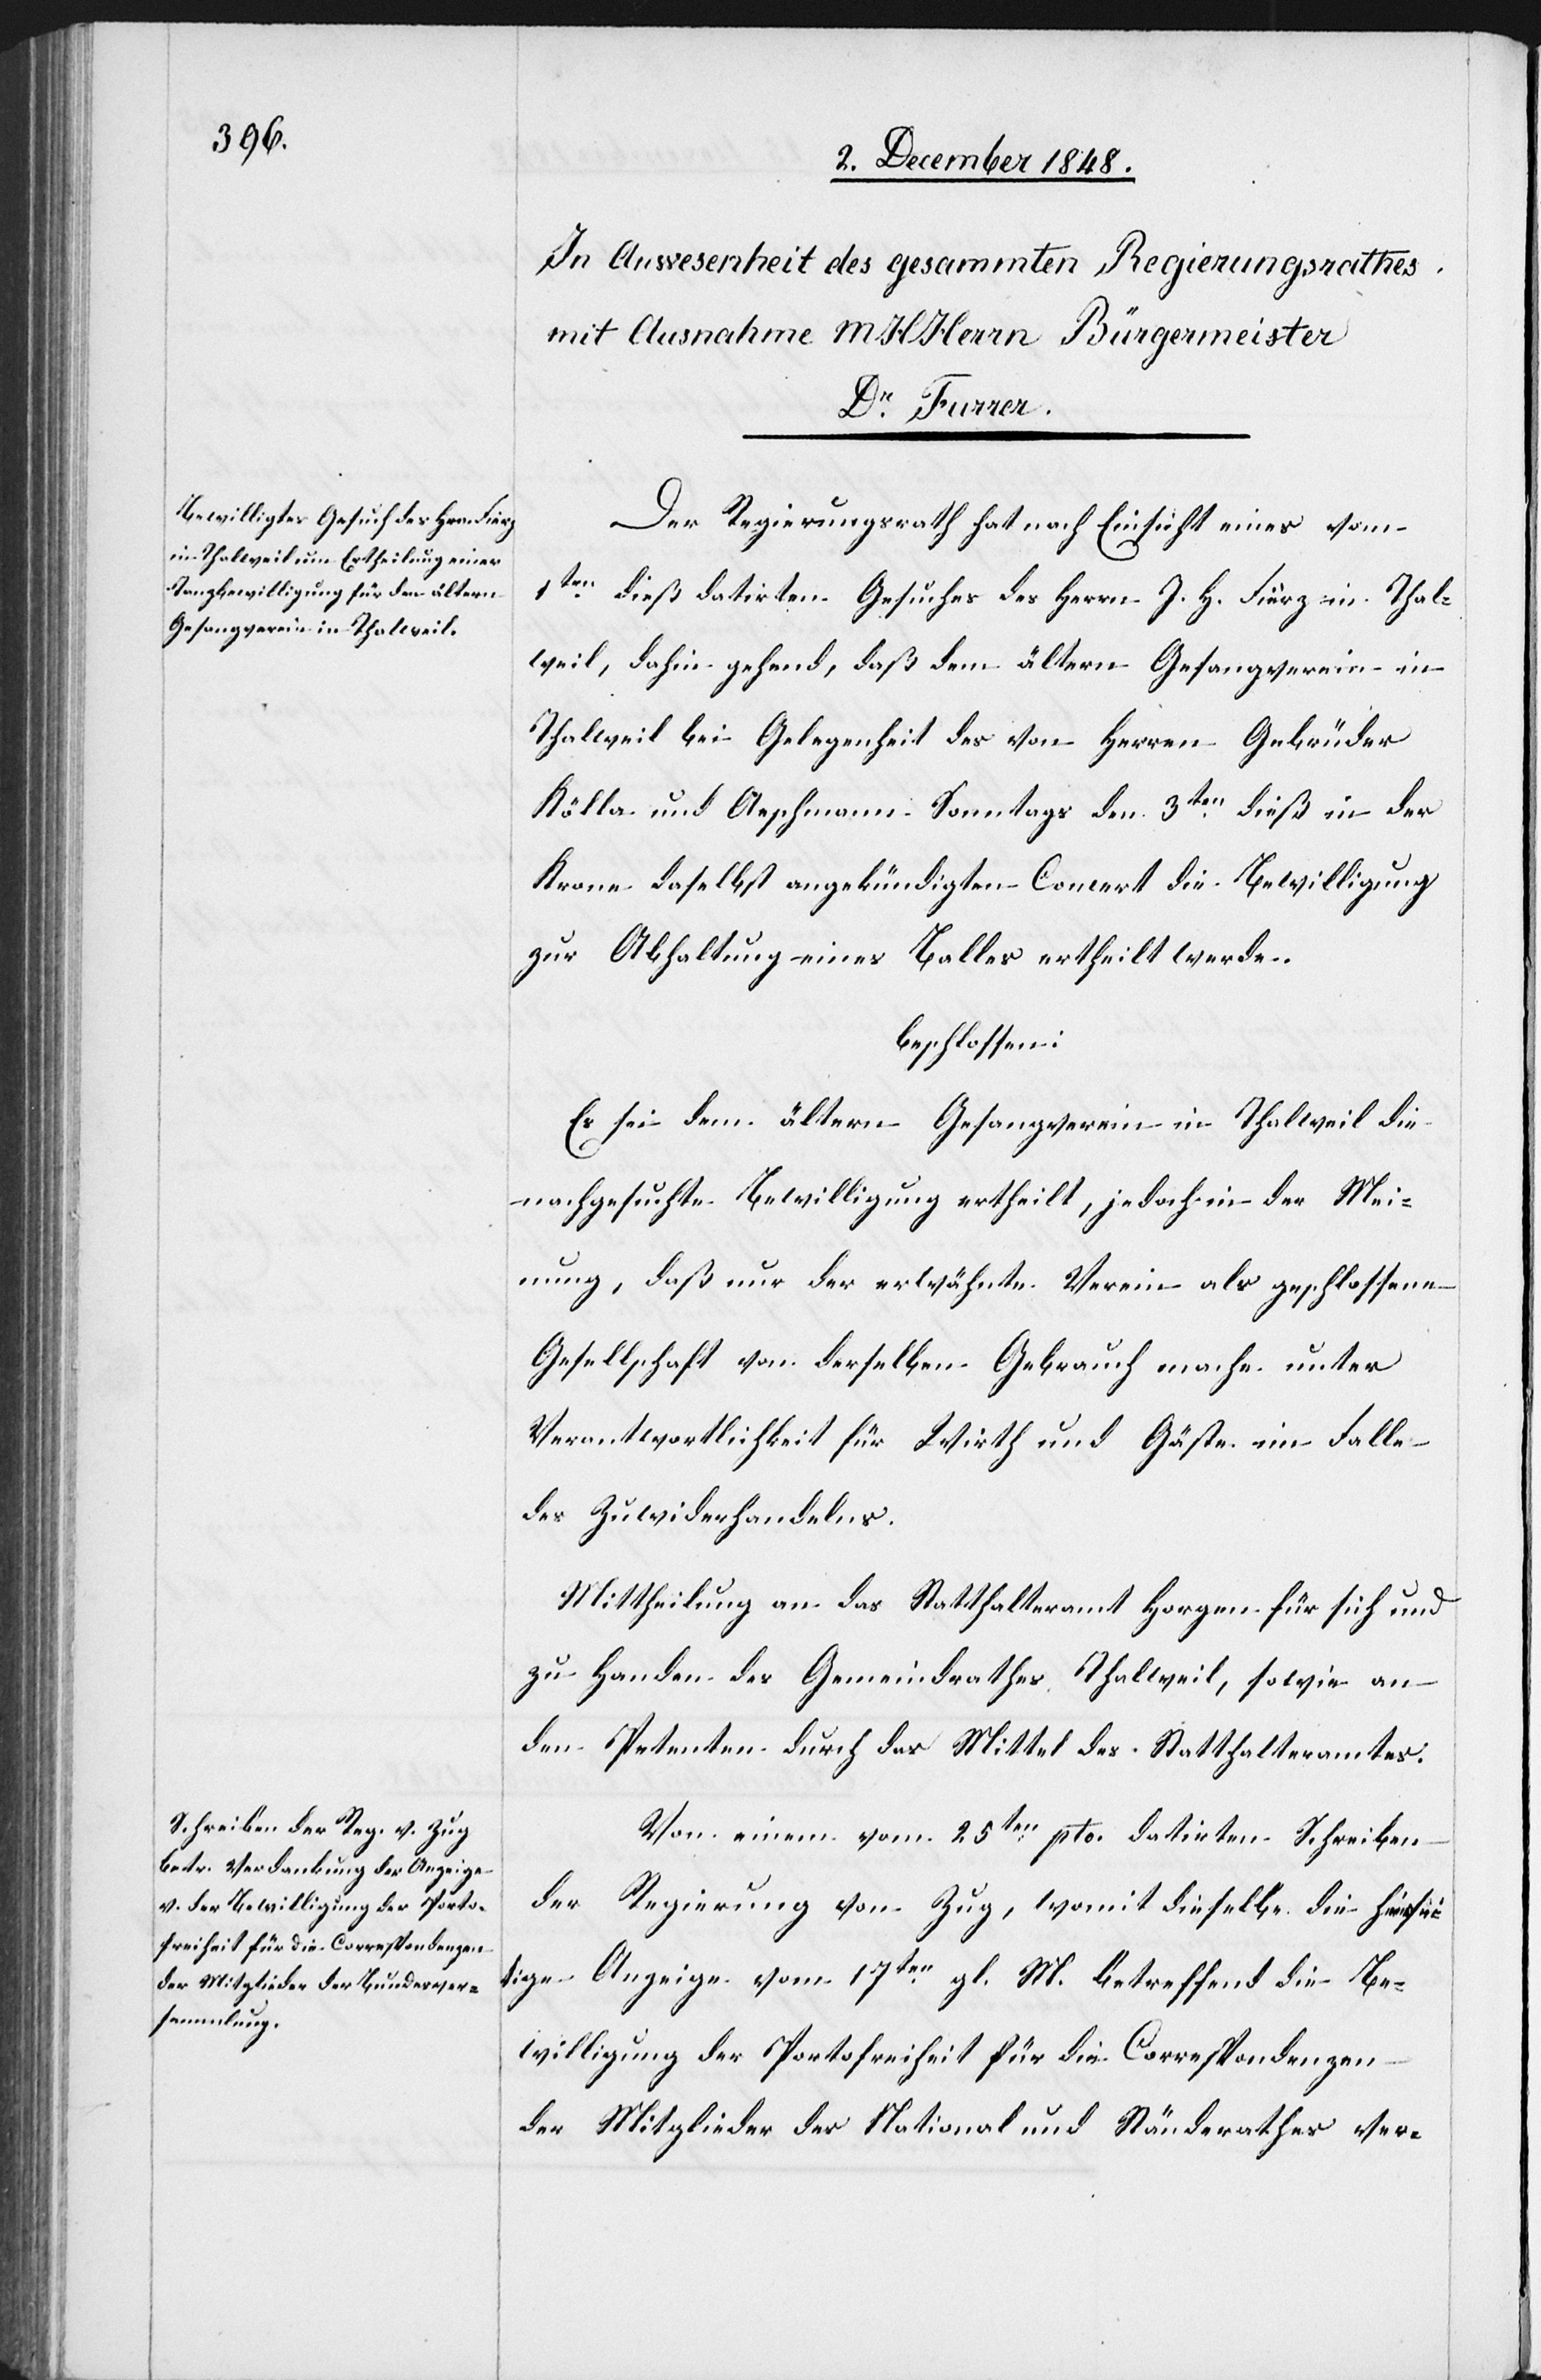
Der Regierungsrath hat nach Einsicht eines vom
1ten dieß datirten Gesuches des Herrn J. H. Fierz in Thal¬
weil, dahin gehend, daß dem ältern Gesangverein in
Thalweil bei Gelegenheit des von Herren Gebrüder
Kölla und Aeschmann Sonntags den 3ten dieß in der
Krone daselbst angekündigten Concert die Bewilligung
zur Abhaltung eines Balles ertheilt werde.
beschlossen:
Es sei dem ältern Gesangverein in Thalweil die
nachgesuchte Bewilligung ertheilt, jedoch in der Mei¬
nung, daß nur der erwähnte Verein als geschlossene
Gesellschaft von derselben Gebrauch mache unter
Verantwortlichkeit für Wirth und Gäste im Falle
des Zuwiderhandelns.
Mittheilung an das Statthalteramt Horgen für sich und
zu Handen des Gemeindrathes Thalweil, sowie an
den Petenten durch das Mittel des Statthalteramtes.
Von einem vom 25ten pto. datirten Schreiben
der Regierung von Zug, womit dieselbe die hiersei¬
tige Anzeige vom 17ten gl. M. betreffend die Be¬
willigung der Portofreiheit für die Correspondenzen
der Mitglieder des National[-] und Ständerathes ver-